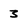
Character: 3